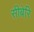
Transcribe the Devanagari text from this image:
सीबेरि